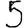
Digit: 5